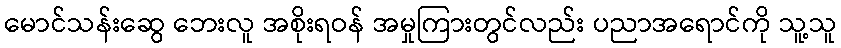
မောင်သန်းဆွေ ဘေးလူ အစိုးရဝန် အမှုကြားတွင်လည်း ပညာအရောင်ကို သူ့သူ